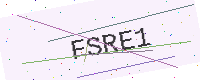
Text: FSRE1